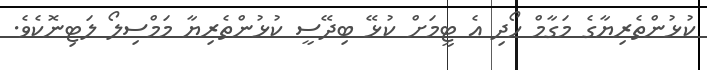
ކުޅުންތެރިޔާގެ މަގާމް ހޯދި އެ ޓީމަށް ކުޅޭ ބިދޭސީ ކުޅުންތެރިޔާ މަމްސިލޯ ލަޓިނޮކެވެ.